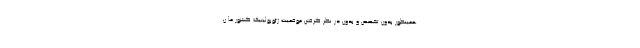
همینطور بدون تخصص و بدون در نظر گرفتن موقعیت ژئوپولیتیک کشور ما ن